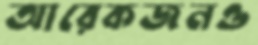
আরেকজনও